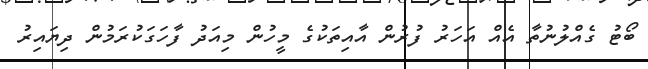
ބޯޓު ގެއްލުނުތާ އެއް އަހަރު ފުރުން އާއިތަކުގެ މީހުން މިއަދު ފާހަގަކުރަމުން ދިޔައިރު